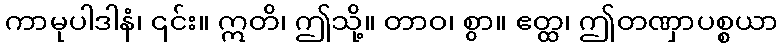
ကာမုပါဒါနံ၊ ၎င်း။ ဣတိ၊ ဤသို့။ တာဝ၊ စွာ။ ဧတ္ထ၊ ဤတဏှာပစ္စယာ